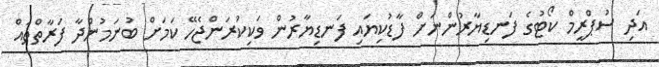
އަދި ސުޕްރީމް ކޯޓުގެ ފަނޑިޔާރުންނަށް ފާޑުކިޔައި ފަނޑިޔާރުން ވަކިކުރަންޖެހޭ ކަމަށް ބުނަމުންދާ ފަރާތްތައް